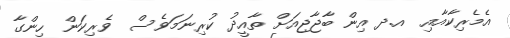
އެމެރިކާއާއި  އ.ދ އިން ބާޖާޖިއަށް ތާއީދު ކުރިނަމަވެސް  ވެރިކަން ހިންގާ